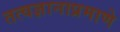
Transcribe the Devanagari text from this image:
तत्वज्ञानाप्रमाणे